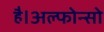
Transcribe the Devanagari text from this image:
है।अल्फोन्सो